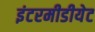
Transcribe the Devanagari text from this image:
इंटरमीडीयेट